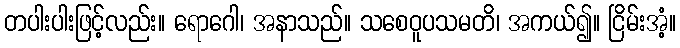
တပါးပါးဖြင့်လည်း။ ရောဂေါ၊ အနာသည်။ သစေဝူပသမတိ၊ အကယ်၍။ ငြိမ်းအံ့။